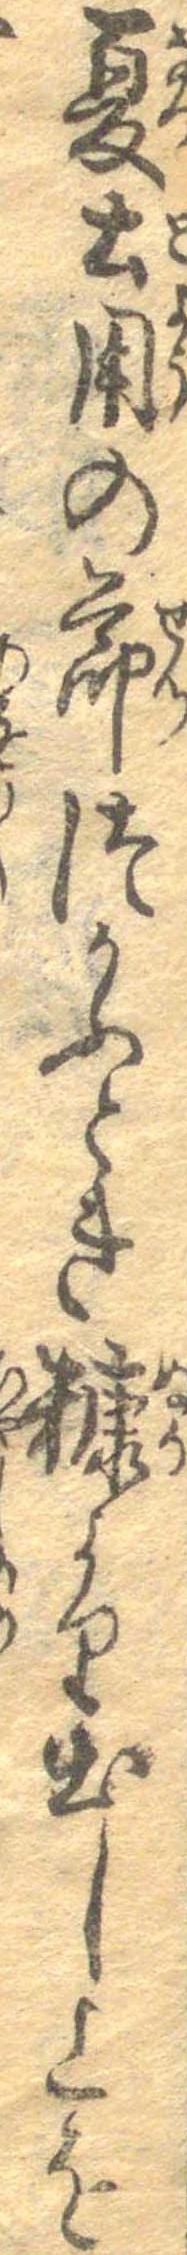
夏土用の節つかふとき糠より出し上を